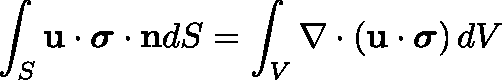
\int _ { S } \mathbf { u \cdot { \boldsymbol { \sigma } } \cdot n } d S = \int _ { V } \nabla \cdot \left( \mathbf { u } \cdot { \boldsymbol { \sigma } } \right) d V